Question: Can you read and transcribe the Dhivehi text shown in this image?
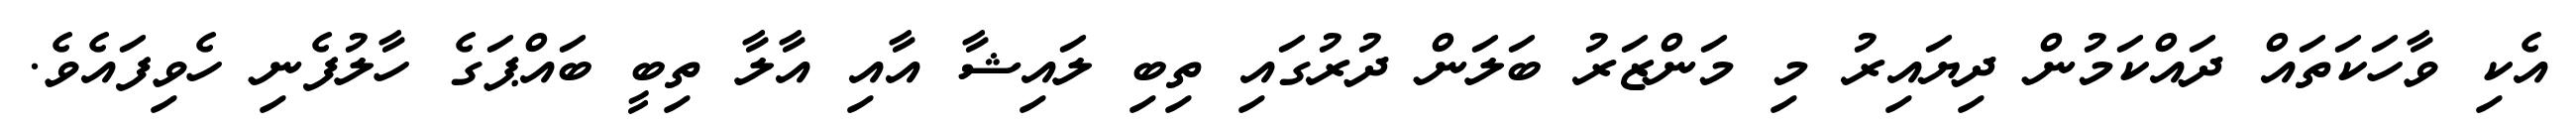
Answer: އެކި ވާހަކަތައް ދައްކަމުން ދިޔައިރު މި މަންޒަރު ބަލަން ދުރުގައި ތިބި ލައިޝާ އާއި އާލާ ތިބީ ބައްޕަގެ ހާލުފެނި ހެވިފައެވެ.